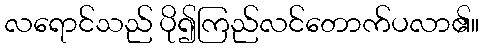
လရောင်သည် ပို၍ကြည်လင်တောက်ပလာ၏။